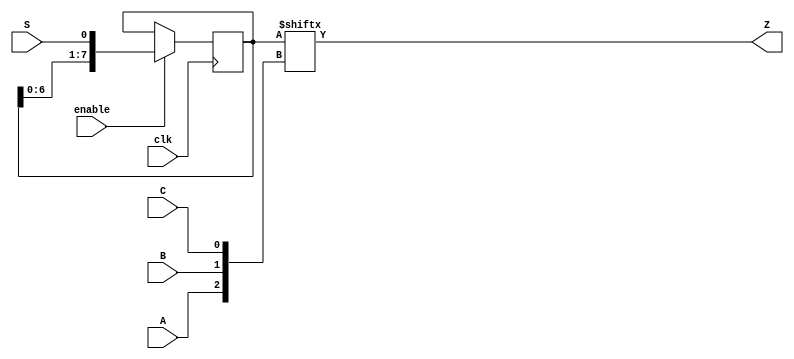
module top_module (
    input clk,
    input enable,
    input S,
    input A, B, C,
    output Z );
    
    reg [7:0]Q;

    always @(posedge clk)
        begin
            if(enable)
               Q<={Q[6:0],S};
        end
    
	always@(*)
        begin
            Z <= Q[{A,B,C}]; 
        end

endmodule